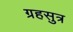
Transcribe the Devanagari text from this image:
ग्रहसुत्र